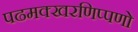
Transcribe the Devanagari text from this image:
पढमक्खरणिप्पणो